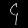
Digit: ၄